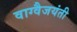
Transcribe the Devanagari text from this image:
वाग्वैजयंती